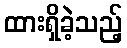
ထားရှိခဲ့သည့်